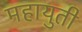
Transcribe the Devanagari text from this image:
महायुती